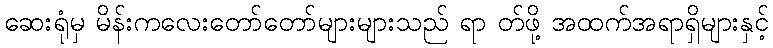
ဆေးရုံမှ မိန်းကလေးတော်တော်များများသည် ရာ တ်ဖို့ အထက်အရာရှိများနှင့်